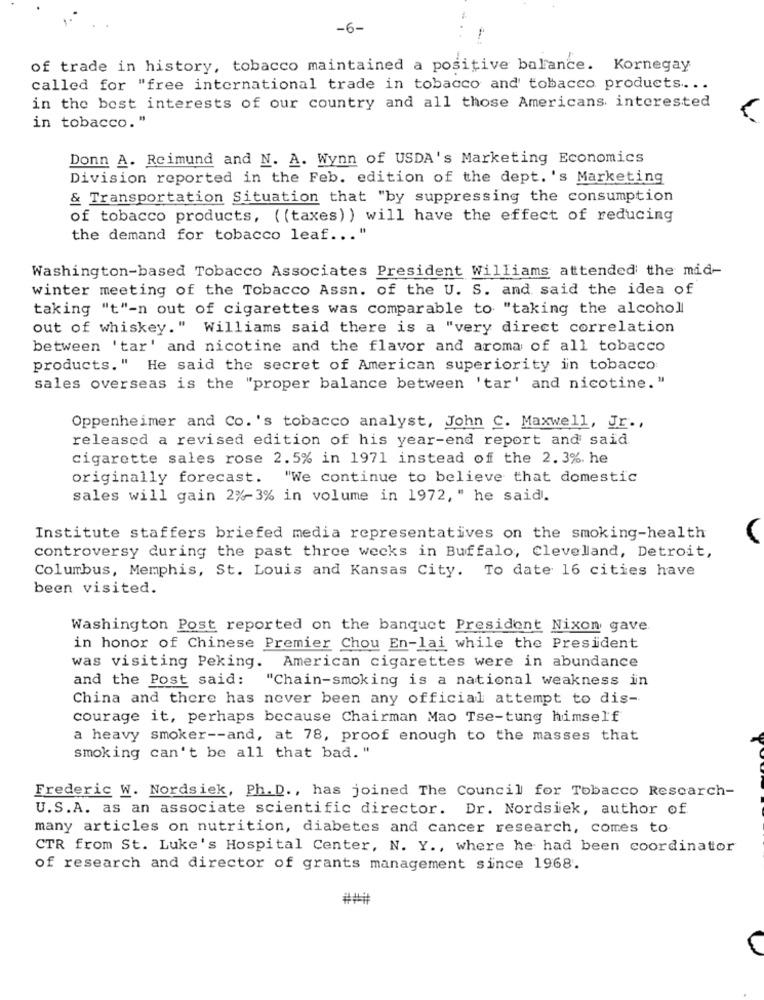
-6-
-
of trade in history, tobacco maintained a positive balance. Kornegay
called for "free international trade in tobacco and' tobacco products ...
in the best interests of our country and all those Americans. interested
in tobacco. "
Donn A. Reimund and N. A. Wynn of USDA's Marketing Economics
Division reported in the Feb. edition of the dept. 's Marketing
& Transportation Situation that "by suppressing the consumption
of tobacco products, ( (taxes) ) will have the effect of reducing
the demand for tobacco leaf ... "
Washington-based Tobacco Associates President Williams attended the mid-
winter meeting of the Tobacco Assn. of the U. S. and said the idea of
taking "t"-n out of cigarettes was comparable to "taking the alcohol
out of whiskey." Williams said there is a "very direct correlation
between 'tar' and nicotine and the flavor and aroma of all tobacco
products." He said the secret of American superiority in tobacco
sales overseas is the "proper balance between 'tar' and nicotine. "
Oppenheimer and Co.'s tobacco analyst, John C. Maxwell, Jr .,
released a revised edition of his year-end report and said
cigarette sales rose 2.5% in 1971 instead of the 2.3%. he
originally forecast.
"We continue to believe that domestic
sales will gain 2%-3% in volume in 1972, " he said.
Institute staffers briefed media representatives on the smoking-health
controversy during the past three weeks in Buffalo, Cleveland, Detroit,
Columbus, Memphis, St. Louis and Kansas City. To date 16 cities have
been visited.
Washington Post reported on the banquet President Nixon gave.
in honor of Chinese Premier Chou En-lai while the President
was visiting Peking. American cigarettes were in abundance
and the Post said:
"Chain-smoking is a national weakness in
China and there has never been any official attempt to dis-
courage it, perhaps because Chairman Mao Tse-tung himself
a heavy smoker -- and, at 78, proof enough to the masses that
smoking can't be all that bad. "
Frederic W. Nordsiek, Ph. D ., has joined The Council for Tobacco Rescarch-
U.S.A. as an associate scientific director. Dr. Nordsiek, author of
many articles on nutrition, diabetes and cancer research, comes to
CTR from St. Luke's Hospital Center, N. Y ., where he had been coordinator
of research and director of grants management since 1968.
###